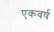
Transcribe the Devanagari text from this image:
एकवर्ष